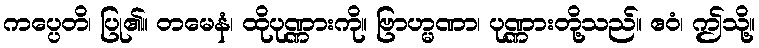
ကပ္ပေတိ၊ ပြု၏။ တမေနံ၊ ထိုပုဏ္ဏားကို။ ဗြာဟ္မဏာ၊ ပုဏ္ဏားတို့သည်။ ဧဝံ၊ ဤသို့။